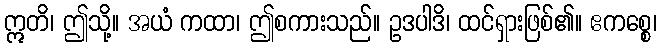
ဣတိ၊ ဤသို့။ အယံ ကထာ၊ ဤစကားသည်။ ဥဒပါဒိ၊ ထင်ရှားဖြစ်၏။ ဧကစ္စေ၊